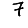
Digit: 7